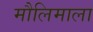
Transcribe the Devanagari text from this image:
मौलिमाला